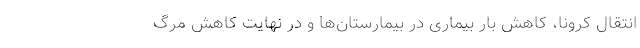
انتقال کرونا، کاهش بار بیماری در بیمارستان‌ها و در نهایت کاهش مرگ